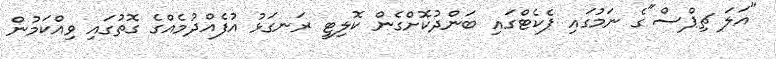
"އަލަ ޗިޕްސް"ގެ ނަމުގައި ޕެކެޓްގައި ބަންދުކޮށްގެން ކޮލިޓީ ރަނގަޅު އުފެއްދުމެއްގެ ގޮތުގައި ވިއްކަމުން